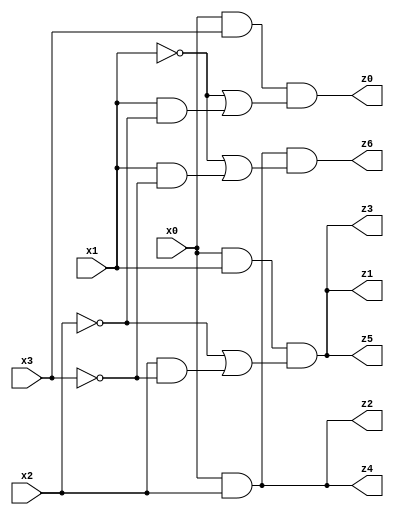
// Benchmark "mult_1x3_64" written by ABC on Tue Jun 27 23:57:59 2023

module mult_1x3_64 ( 
    x0, x1, x2, x3,
    z0, z1, z2, z3, z4, z5, z6  );
  input  x0, x1, x2, x3;
  output z0, z1, z2, z3, z4, z5, z6;
  assign z0 = x0 & x3 & (~x1 | (x1 & ~x2));
  assign z1 = x0 & x1 & (~x2 | (x2 & ~x3));
  assign z2 = x0 & x2;
  assign z3 = x0 & x1 & (~x2 | (x2 & ~x3));
  assign z4 = x0 & x2;
  assign z5 = x0 & x1 & (~x2 | (x2 & ~x3));
  assign z6 = x0 & x2 & (~x1 | (x1 & ~x3));
endmodule